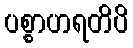
ပစ္စာဟရတိပိ